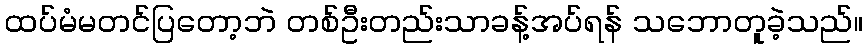
ထပ်မံမတင်ပြတော့ဘဲ တစ်ဦးတည်းသာခန့်အပ်ရန် သဘောတူခဲ့သည်။